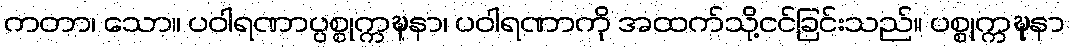
ကတာ၊ သော။ ပဝါရဏာပ္ပစ္စုက္ကဍ္ဎနာ၊ ပဝါရဏာကို အထက်သို့ငင်ခြင်းသည်။ ပစ္စုက္ကဍ္ဎနာ